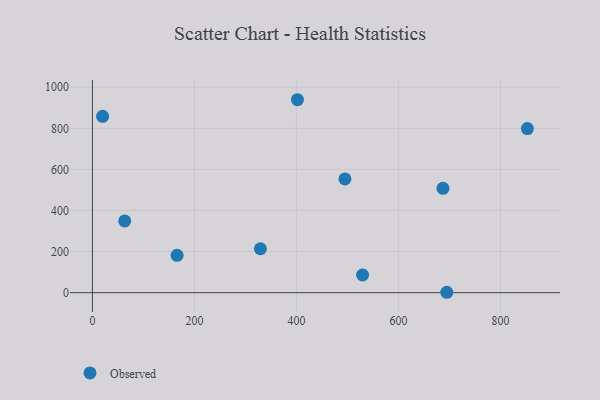
{"axis": {"x": "Experience", "y": "Exam Score"}, "legend": ["Observed"], "data": [{"x": "329.3", "y": 213.8, "type": "Observed"}, {"x": "402.0", "y": 939.4, "type": "Observed"}, {"x": "495.1", "y": 554.0, "type": "Observed"}, {"x": "63.3", "y": 349.3, "type": "Observed"}, {"x": "694.8", "y": 1.9, "type": "Observed"}, {"x": "852.8", "y": 798.7, "type": "Observed"}, {"x": "20.0", "y": 858.8, "type": "Observed"}, {"x": "529.7", "y": 85.9, "type": "Observed"}, {"x": "687.3", "y": 507.9, "type": "Observed"}, {"x": "166.0", "y": 181.6, "type": "Observed"}]}